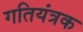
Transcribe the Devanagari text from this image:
गतियंत्रक